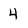
Character: 4